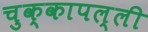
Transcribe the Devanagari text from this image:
चुक्कापल्ली